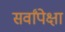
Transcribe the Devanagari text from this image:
सर्वांपेक्षा